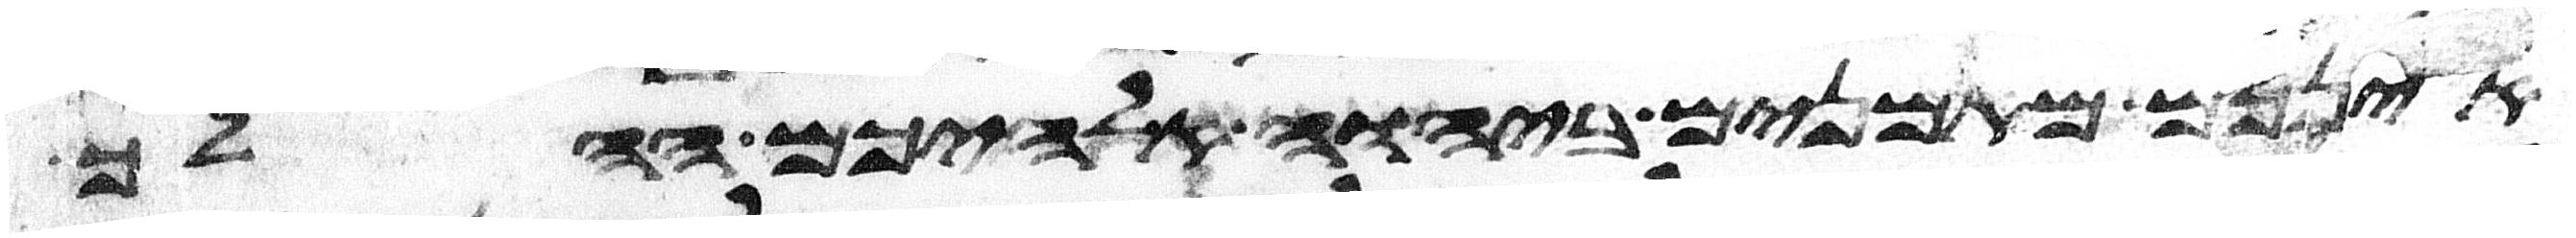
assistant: אינכם מאמנים ביהוה אלהיכם ההלך